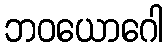
ဘဝယောဂေါ